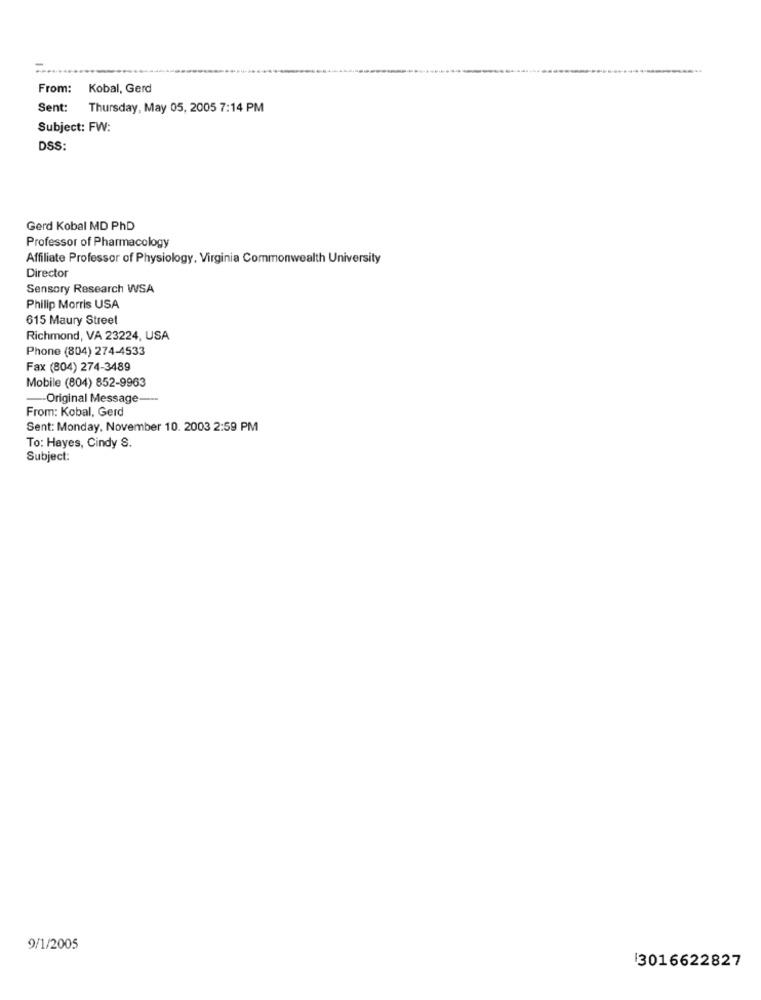
From:
Kobal, Gerd
Sent:
Thursday, May 05, 2005 7:14 PM
Subject: FW:
DSS:
Gerd Kobal MD PhD
Professor of Pharmacology
Affiliate Professor of Physiology, Virginia Commonwealth University
Director
Sensory Research WSA
Philip Morris USA
615 Maury Street
Richmond, VA 23224, USA
Phone (804) 274-4533
Fax (804) 274-3489
Mobile (804) 852-9963
Original Message-
From: Kobal, Gerd
Sent: Monday, November 10. 2003 2:59 PM
To: Hayes, Cindy S.
Subject:
9/1/2005
3016622827